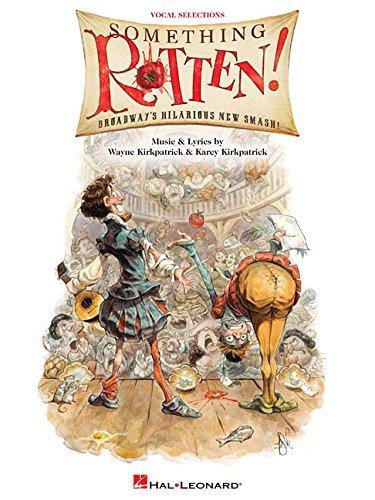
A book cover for Something Rotten!: Vocal Selections; Humor & Entertainment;